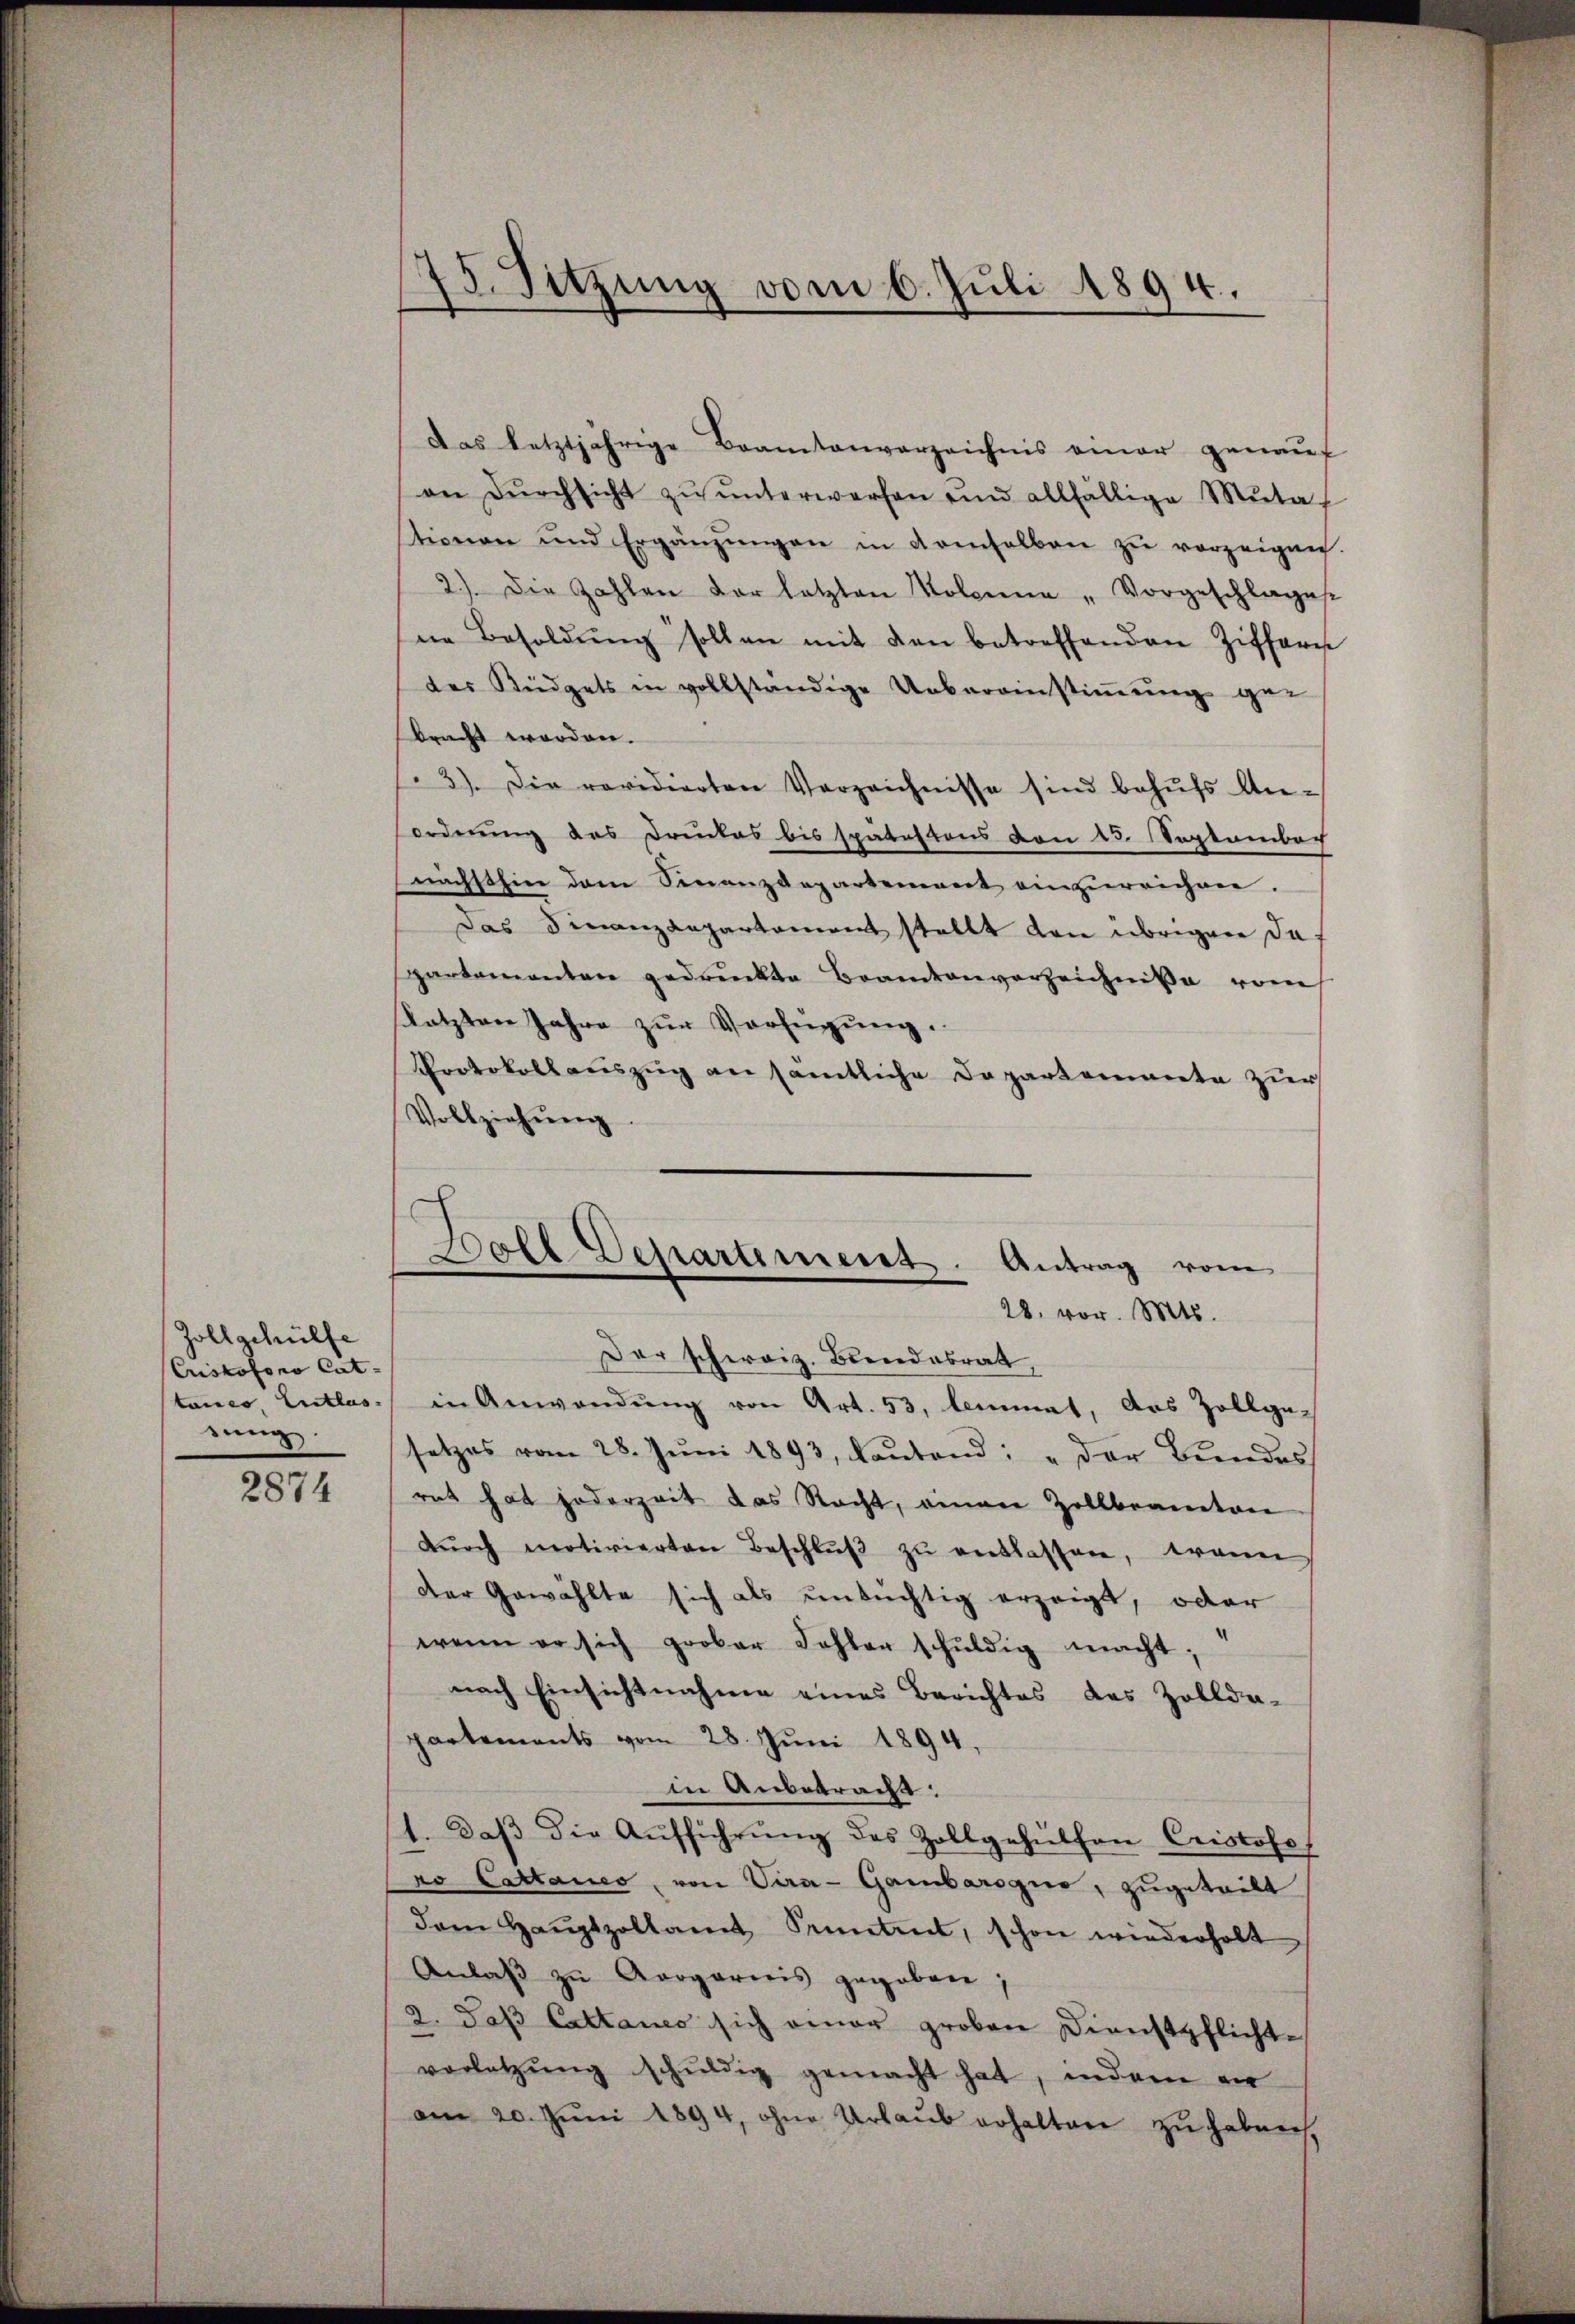
Zollgehülfe
Criskoloro Cat-
sung.

2874

Das letztjährige Beamtenverzeichnis einer genauf
an Dŭrchsicht zŭ ŭnterwerfen und allfällige Muta
stionen und Ergänzŭngen in demselben zu vorzeigne.
2.) Die Zahlen der letzten Kolonne „Vorgeschlages
ne Besoldŭng sollen mit den betreffenden Zifferi
der Rüdgets in vollständige Uebereinstiṁŭng gebracht worden.
13). Die revidierten Verzeichnisse sind behŭfs Anordnung des Druckes bis spätestens von 13. September
nächsthin dem Sinanzdepartement einzŭreichen.
Das Finanzdepartament stellt von übrigen daf
partementen gedruckte Beamtenverzeichniße vom
sletzten Jahre zur Verfügung.
Protokollauszug an sämtliche Departemente zur
Vollziehŭng.
Der schweiz. Bundesrat,
tanco, Entlas in Anwendŭng von Art. 53, lemmat, das Zollge-
setzes vom 28. Jŭni 1893, lautend: „der Bundes
rat hat jederzeit das Nacht, einen Zollbeamten
dŭrch motivierten Beschlŭβ zŭ entlassen, wenn
Der Gewählte sich als untüchtig erzeigt, oder
wenn er sich grober Fehler schuldig macht;
nach Einsichtnahme eines Berichtes des Zollde-
partements vom 28. Juni 1894,
in Anbetracht:
1. daβ die Aŭfführŭng des Zollgehülfen Cristoss
ro Cattares, von Vera-Gambaroque, zugeteilt
dem Haŭptzollamt Kenntent, schon wiederholt
Anlaß zu Aargariis gegeben
2. daß Cattanes sich einer groben Dienstpflichtvorletzung schuldig gemacht hat, indem er
am 20. Juni 1894, ohne Urlaub erhalten zu haben,

15. Sitzung vom 6. Juli 1894.

Boll Departement. Antrag vom
28. vor. Mts.